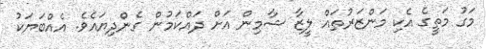
މަގު މަތީގެ އެކި މަންޒަރުތައް ލީޒާ ޝާމިން އަށް ދައްކަމުން ގެންދިޔައެވެ. އެއްބަޔަކު